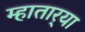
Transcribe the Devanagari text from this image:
म्हातार्‍या